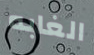
الغابه